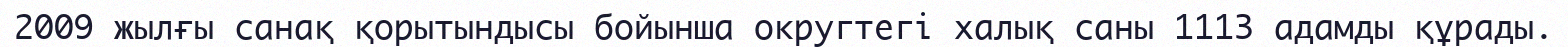
2009 жылғы санақ қорытындысы бойынша округтегі халық саны 1113 адамды құрады.